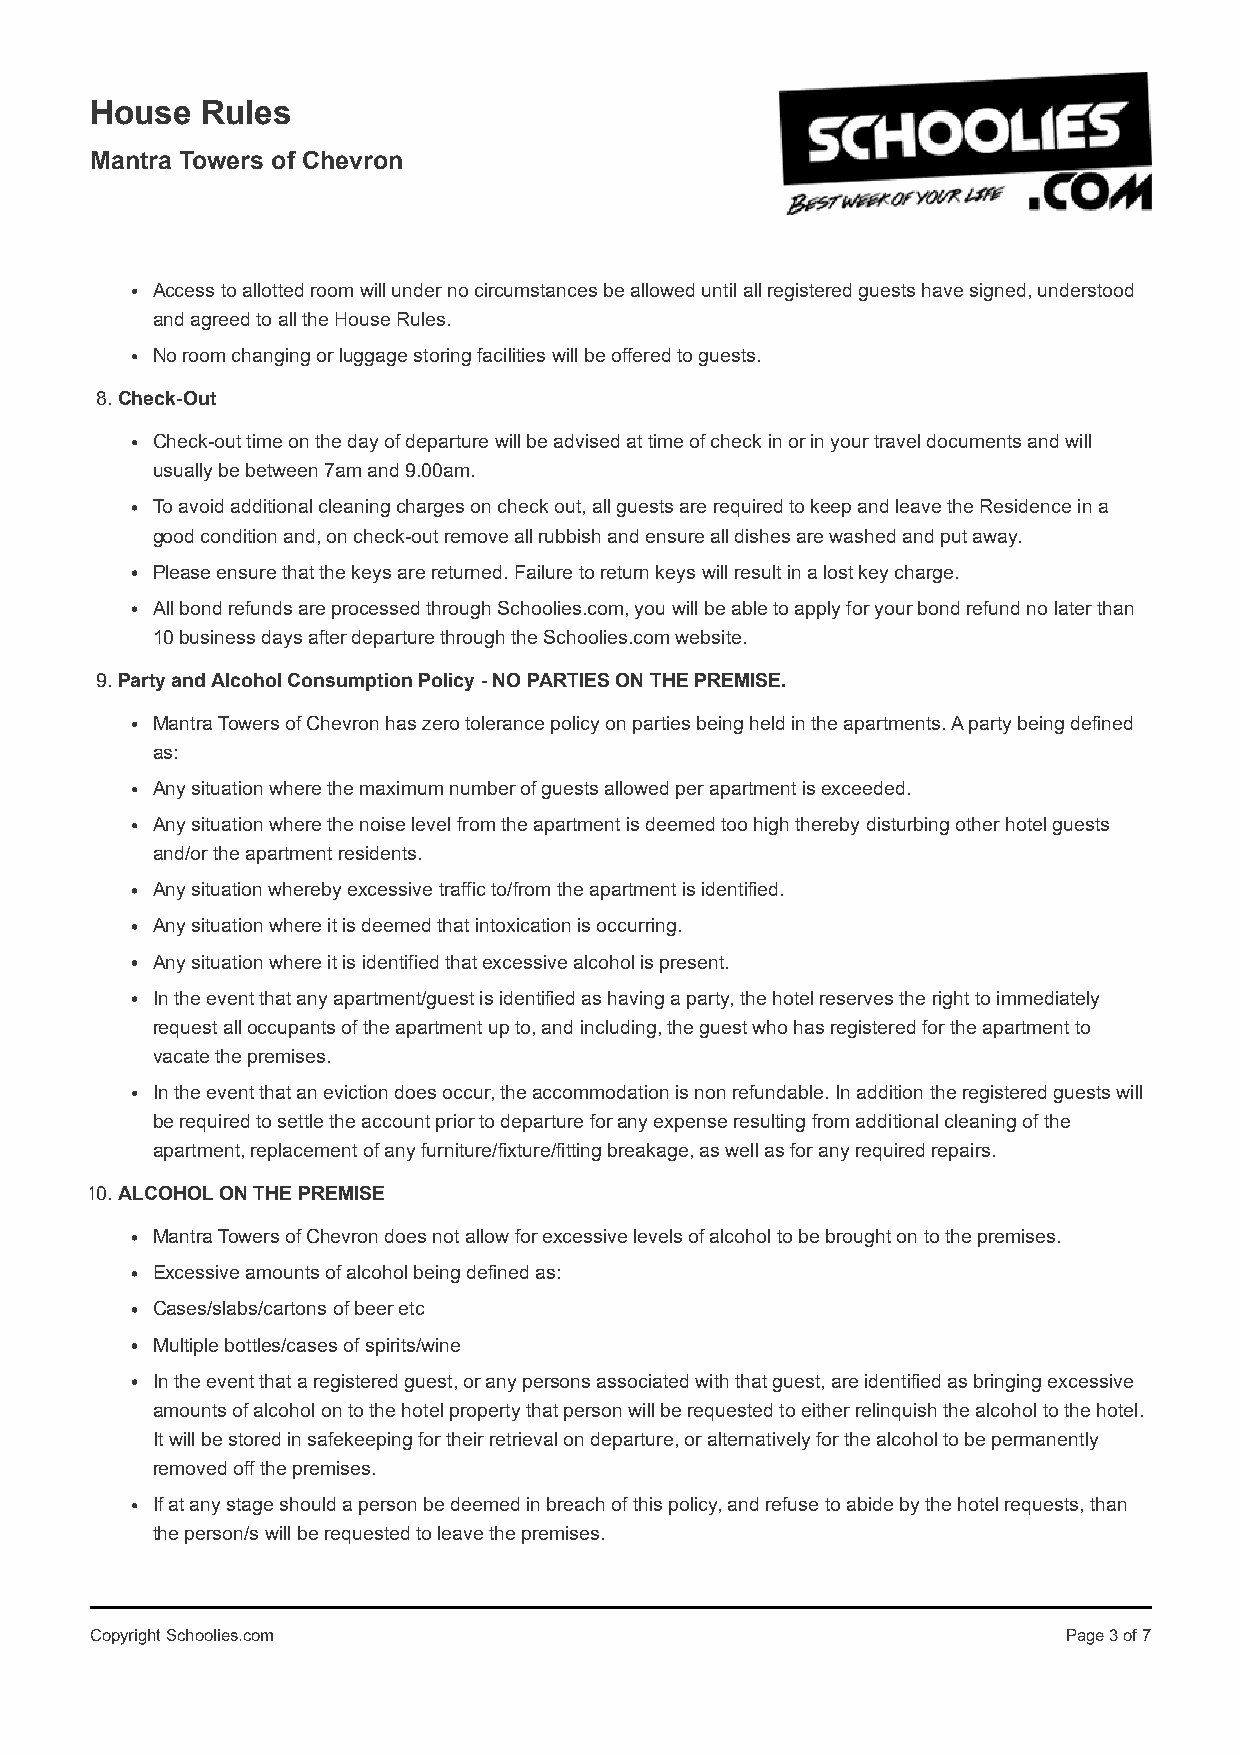
House  Rules
 Mantra Towers of Chevron
 Access to allotted room will under no circumstances be allowed until all registered guests have signed, understood
 and agreed to all the House Rules.
 No room changing or luggage storing facilities will be offered to guests.
 8. Check-Out
 Check-out time on the day of departure will be advised at time of check in or in your travel documents and will
 usually be between 7am and 9.00am.
 To avoid additional cleaning charges on check out, all guests are required to keep and leave the Residence in a
 good condition and, on check-out remove all rubbish and ensure all dishes are washed and put away.
 Please ensure that the keys are returned. Failure to return keys will result in a lost key charge.
 All bond refunds are processed through Schoolies.com, you will be able to apply for your bond refund no later than
 10 business days after departure through the Schoolies.com website.
 9. Party and Alcohol Consumption Policy - NO PARTIES ON THE PREMISE.
 Mantra Towers of Chevron has zero tolerance policy on parties being held in the apartments. A party being defined
 as:
 Any situation where the maximum number of guests allowed per apartment is exceeded.
 Any situation where the noise level from the apartment is deemed too high thereby disturbing other hotel guests
 and/or the apartment residents.
 Any situation whereby excessive traffic to/from the apartment is identified.
 Any situation where it is deemed that intoxication is occurring.
 Any situation where it is identified that excessive alcohol is present.
 In the event that any apartment/guest is identified as having a party, the hotel reserves the right to immediately
 request all occupants of the apartment up to, and including, the guest who has registered for the apartment to
 vacate the premises.
 In the event that an eviction does occur, the accommodation is non refundable. In addition the registered guests will
 be required to settle the account prior to departure for any expense resulting from additional cleaning of the
 apartment, replacement of any furniture/fixture/fitting breakage, as well as for any required repairs.
 10. ALCOHOL ON THE PREMISE
 Mantra Towers of Chevron does not allow for excessive levels of alcohol to be brought on to the premises.
 Excessive amounts of alcohol being defined as:
 Cases/slabs/cartons of beer etc
 Multiple bottles/cases of spirits/wine
 In the event that a registered guest, or any persons associated with that guest, are identified as bringing excessive
 amounts of alcohol on to the hotel property that person will be requested to either relinquish the alcohol to the hotel.
 It will be stored in safekeeping for their retrieval on departure, or alternatively for the alcohol to be permanently
 removed off the premises.
 If at any stage should a person be deemed in breach of this policy, and refuse to abide by the hotel requests, than
 the person/s will be requested to leave the premises.
 Copyright Schoolies.com                                          Page 3 of 7